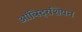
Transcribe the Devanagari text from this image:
ऑब्स्ट्रिशियन